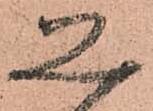
思